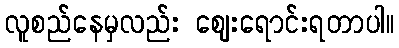
လူစည်နေမှလည်း ဈေးရောင်းရတာပါ။